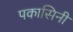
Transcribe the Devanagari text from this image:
पकासिनी